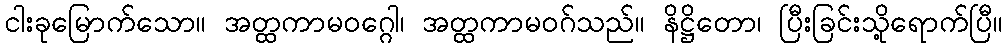
ငါးခုမြောက်သော။ အတ္ထကာမဝဂ္ဂေါ၊ အတ္ထကာမဝဂ်သည်။ နိဋ္ဌိတော၊ ပြီးခြင်းသို့ရောက်ပြီ။